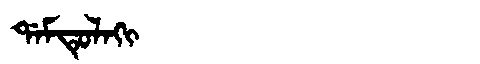
Manchu: ᡩᠠᠮᡨᡠᠯᠠᡴᡳ
Romanization: DAMTULAKI